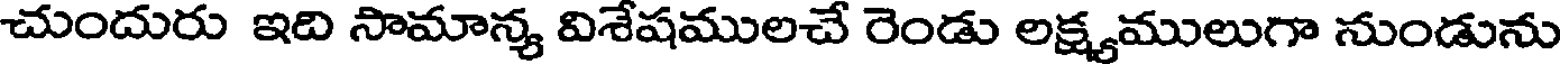
చుందురు ఇది సామాన్య విశేషములచే రెండు లక్ష్యములుగా నుండును